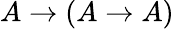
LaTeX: A\to(A\to A)